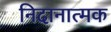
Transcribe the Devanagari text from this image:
निदानात्‍मक